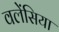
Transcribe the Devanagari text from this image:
वलेंसिया